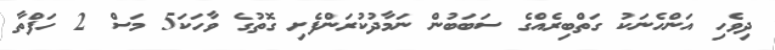
ދިވެހި އަންހެނަކު ގަތްބިރެއްގެ ސަބަބުން ނަމާދުކުރަންފެށި ގޮތުގެ ވާހަކަ5 މަސް 2 ހަފްތާ